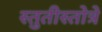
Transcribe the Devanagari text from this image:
स्तुतीस्तोत्रे